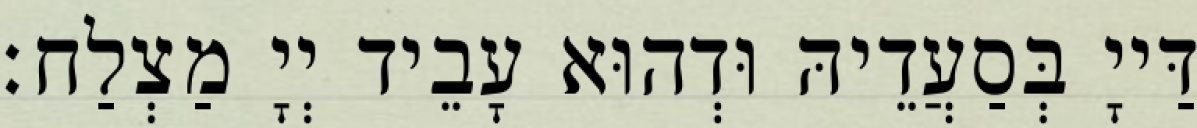
דַּייָ בְּסַעֲדֵיהּ וּדְהוּא עָבֵיד יְיָ מַצְלַח׃